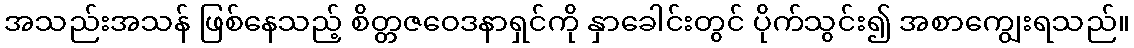
အသည်းအသန် ဖြစ်နေသည့် စိတ္တဇဝေဒနာရှင်ကို နှာခေါင်းတွင် ပိုက်သွင်း၍ အစာကျွေးရသည်။